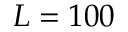
L = 1 0 0